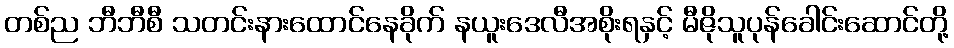
တစ်ည ဘီဘီစီ သတင်းနားထောင်နေခိုက် နယူးဒေလီအစိုးရနှင့် မီဇိုသူပုန်ခေါင်းဆောင်တို့